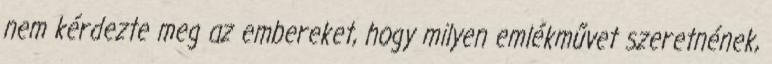
nem kérdezte meg az embereket, hogy milyen emlékművet szeretnének,